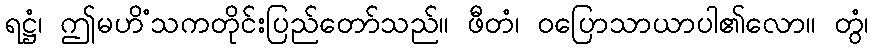
ရဋ္ဌံ၊ ဤမဟိံသကတိုင်းပြည်တော်သည်။ ဖီတံ၊ ဝပြောသာယာပါ၏လော။ တွံ၊